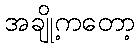
အချို့ကတော့